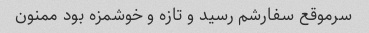
سرموقع سفارشم رسید و تازه و خوشمزه بود ممنون